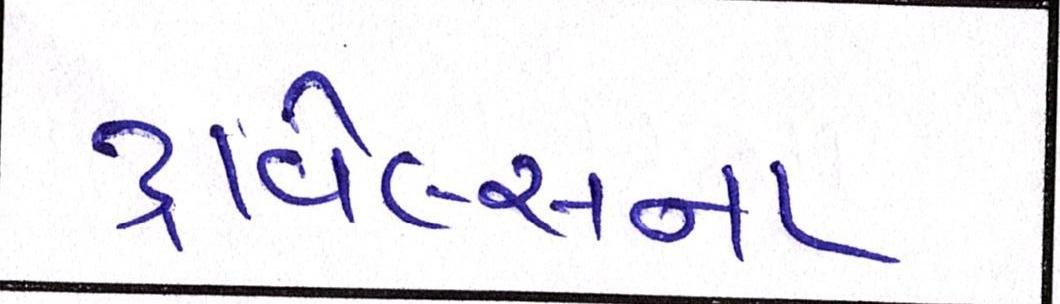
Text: ટ્રાવેલ્સના